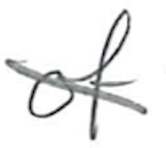
Text: of
Cross-out: diagonal
Writing tool: pencil